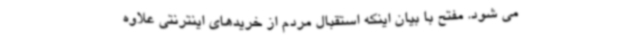
می شود. مفتح با بیان اینکه استقبال مردم از خریدهای اینترنتی علاوه